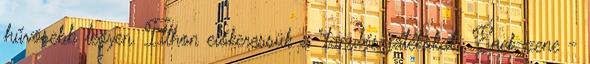
hűvösebb legyen. Itthon előkeressük a "tanulós játékokat". Ének-zene -